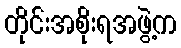
တိုင်းအစိုးရအဖွဲ့က